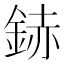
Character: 䤲